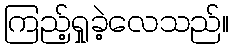
ကြည့်ရှုခဲ့လေသည်။